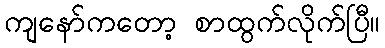
ကျနော်ကတော့ စာထွက်လိုက်ပြီ။